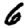
Digit: 6